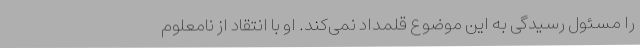
را مسئول رسیدگی به این موضوع قلمداد نمی‌کند. او با انتقاد از نامعلوم